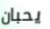
يحبان